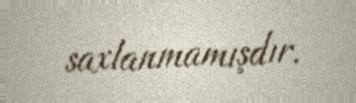
saxlanmamışdır.